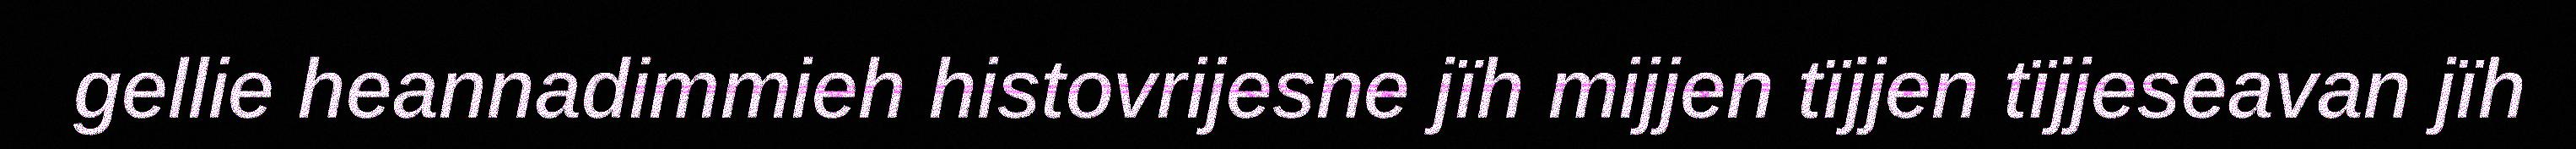
gellie heannadimmieh histovrijesne jïh mijjen tïjjen tïjjeseavan jïh